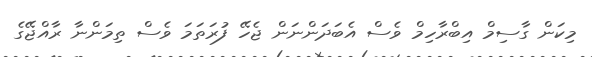
މިކަން ގާސިމް އިބްރާހިމް ވެސް އެބަދަންނަން ޖެހޭ ފުރަތަމަ ވެސް ތިމަންނާ ރާއްޖޭގެ